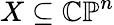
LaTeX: X\subseteq\mathbb{CP}^{n}